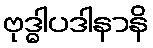
ဗုဒ္ဓါပဒါနာနိ